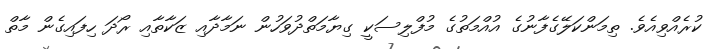
ކުރެއްވިއެވެ. ތިމަންކަލޭގެފާނުގެ އުއްމަތުގެ މުފްލިސަކީ ގިޔާމަތްދުވަހުން ނަމާދާއި ޒަކާތާއި ރޯދަ ހިފައިގެން މާތް